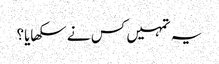
یہ تمہیں کس نے سکھایا؟